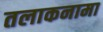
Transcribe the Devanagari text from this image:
तलाकनामा